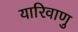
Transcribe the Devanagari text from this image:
यारिवाणु